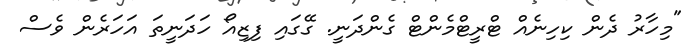
"މިހާރު ދެން ކިހިނެއް ޓްރީޓްމެންޓް ގެންދަނީ. ގޭގައި ފިޒިއޯ ހަދަނީތަ އަހަރެން ވެސް